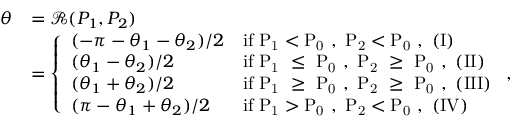
\begin{array} { r l } { \theta } & { = \mathcal { R } ( P _ { 1 } , P _ { 2 } ) } \\ & { = \left\{ \begin{array} { l l } { ( - \pi - \theta _ { 1 } - \theta _ { 2 } ) / 2 } & { \mathrm { i f ~ P _ 1 < P _ 0 ~ , ~ P _ 2 < P _ 0 ~ , ~ ( I ) } } \\ { ( \theta _ { 1 } - \theta _ { 2 } ) / 2 } & { \mathrm { i f ~ P _ 1 ~ \le ~ P _ 0 ~ , ~ P _ 2 ~ \ge ~ P _ 0 ~ , ~ ( I I ) } } \\ { ( \theta _ { 1 } + \theta _ { 2 } ) / 2 } & { \mathrm { i f ~ P _ 1 ~ \ge ~ P _ 0 ~ , ~ P _ 2 ~ \ge ~ P _ 0 ~ , ~ ( I I I ) } } \\ { ( \pi - \theta _ { 1 } + \theta _ { 2 } ) / 2 } & { \mathrm { i f ~ P _ 1 > P _ 0 ~ , ~ P _ 2 < P _ 0 ~ , ~ ( I V ) } } \end{array} \right. , } \end{array}